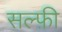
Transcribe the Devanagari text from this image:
सल्फ़ी